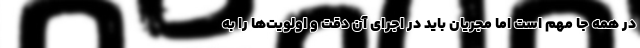
در همه جا مهم است اما مجریان باید در اجرای آن دقت و اولویت‌ها را به